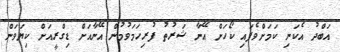
އަބްދު އެކަނި ކަމަށްވެފައި ކޯހަށް އޭނާ ޝަރުތު ފުރިހަމަވުމުން އޭނާއަށް ޑިގްރީއަށް ކިޔަވަން